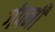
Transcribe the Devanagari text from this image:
गंपनी